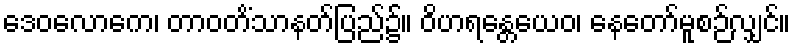
ဒေဝလောကေ၊ တာဝတိံသာနတ်ပြည်၌။ ဝိဟရန္တေယေဝ၊ နေတော်မူစဉ်လျှင်။